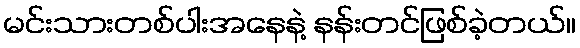
မင်းသားတစ်ပါးအနေနဲ့ နန်းတင်ဖြစ်ခဲ့တယ်။